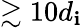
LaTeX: \gtrsim10d_{\mathbf{i}}